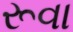
રૂવા